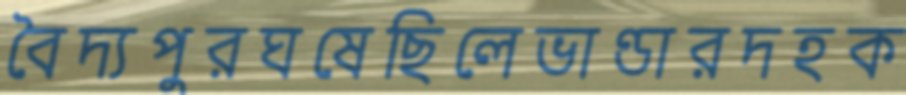
বৈদ্যপুরঘষেছিলেভাণ্ডারদহক